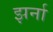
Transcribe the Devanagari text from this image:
झर्ना